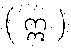
( ဣ )